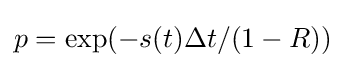
p=\exp(-s(t)\Delta t/(1-R))